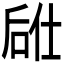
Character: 𫪣